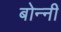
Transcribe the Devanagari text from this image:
बोन्‍नी